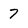
Character: 7